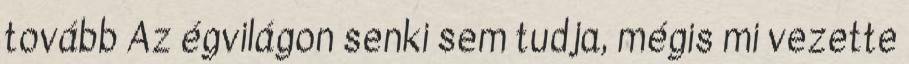
tovább Az égvilágon senki sem tudja, mégis mi vezette